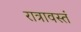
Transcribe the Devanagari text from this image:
रात्रावस्तं